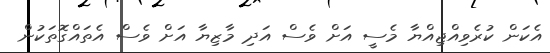
އެކަން ކުރެވިއްޖިއްޔާ މެސީ އަށް ވެސް އަދި މާޒިޔާ އަށް ވެސް އެތައްގޮތަކުން